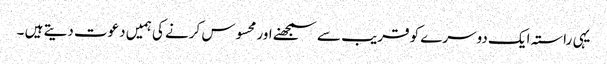
یہی راستہ ایک دوسرے کو قریب سے سمجھنے اور محسوس کرنے کی ہمیں دعوت دیتے ہیں ۔